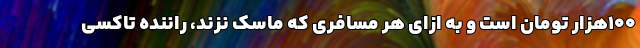
۱۰۰هزار تومان است و به ازای هر مسافری که ماسک نزند، راننده تاکسی